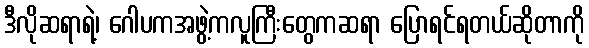
ဒီလိုဆရာရဲ့၊ ဂေါပကအဖွဲ့ကလူကြီးတွေကဆရာ ပြောရင်ရတယ်ဆိုတာကို